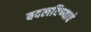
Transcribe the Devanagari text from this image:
बदलविण्याचे